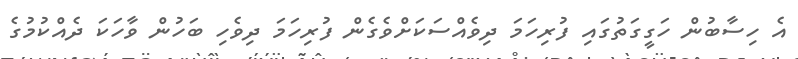
އެ ހިސާބުން ހަގީގަތުގައި ފުރިހަމަ ދިވެއްސަކަށްވެގެން ފުރިހަމަ ދިވެހި ބަހުން ވާހަކަ ދެއްކުމުގެ